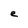
Character: e